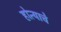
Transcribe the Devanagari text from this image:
होत्याचे